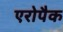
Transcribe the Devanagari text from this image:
एरोपैक